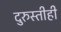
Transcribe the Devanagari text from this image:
दुरुस्तीही